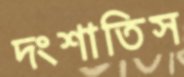
দংশাতিস